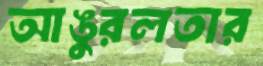
আঙুরলতার